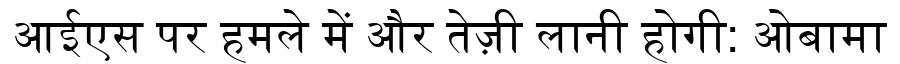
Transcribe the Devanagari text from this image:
आईएस पर हमले में और तेज़ी लानी होगी: ओबामा